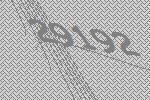
29192